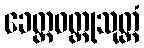
ခေတ္တဝတ္ထုသုတ္တံ